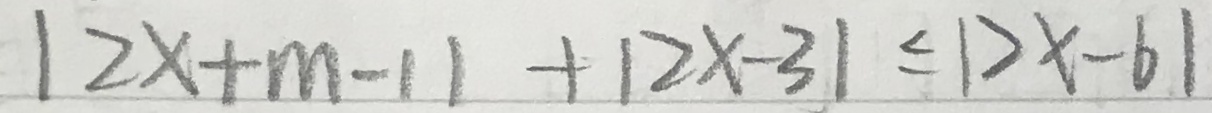
\vert 2 x + m - 1 \vert + \vert 2 x - 3 \vert \leq \vert 2 x - 6 \vert